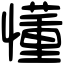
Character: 懂